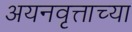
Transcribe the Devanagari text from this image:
अयनवृत्ताच्या